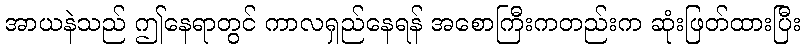
အာယနဲသည် ဤနေရာတွင် ကာလရှည်နေရန် အစောကြီးကတည်းက ဆုံးဖြတ်ထားပြီး